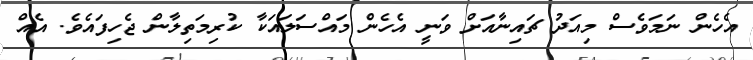
އެހެން ނަމަވެސް މިއަދު ޗައިނާއަށް ވަނީ އެހެން މައްސަލައަކާ ކުރިމަތިލާން ޖެހިފައެވެ. އެއް